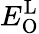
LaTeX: E_{\mathrm{O}}^{\mathrm{L}}